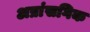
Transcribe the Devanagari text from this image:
अप्रांसगिक